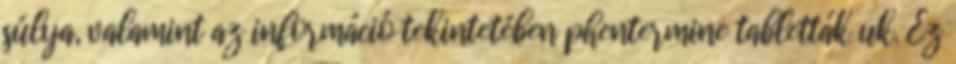
súlya, valamint az információ tekintetében phentermine tabletták uk. Ez